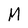
Character: M